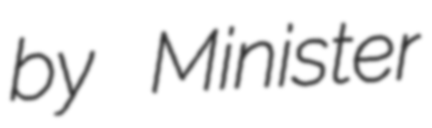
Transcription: by Minister